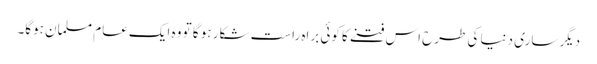
دیگر ساری دنیا کی طرح اس فتنے کا کوئی براہ راست شکار ہو گا تو وہ ایک عام مسلمان ہوگا۔